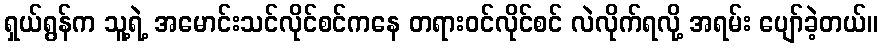
ရှယ်ရွန်က သူ့ရဲ့ အမောင်းသင်လိုင်စင်ကနေ တရားဝင်လိုင်စင် လဲလိုက်ရလို့ အရမ်း ပျော်ခဲ့တယ်။